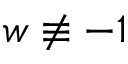
w \not \equiv - 1